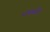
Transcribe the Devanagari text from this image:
भवध्वनि